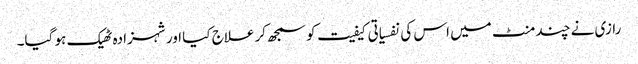
رازی نے چند منٹ میں اس کی نفسیاتی کیفیت کو سمجھ کر علاج کیا اور شہزادہ ٹھیک ہو گیا۔